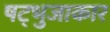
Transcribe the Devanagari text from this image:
षट्भुजाकार